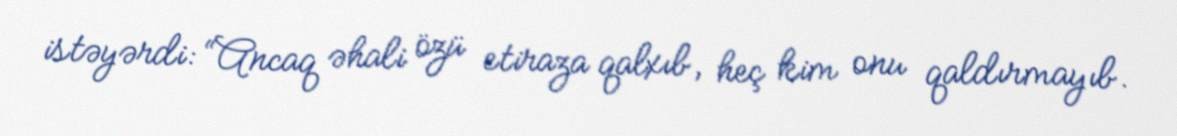
istəyərdi: “Ancaq əhali özü etiraza qalxıb, heç kim onu qaldırmayıb.